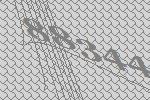
88344